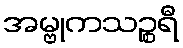
အမ္ဗုကသဉ္စရီ